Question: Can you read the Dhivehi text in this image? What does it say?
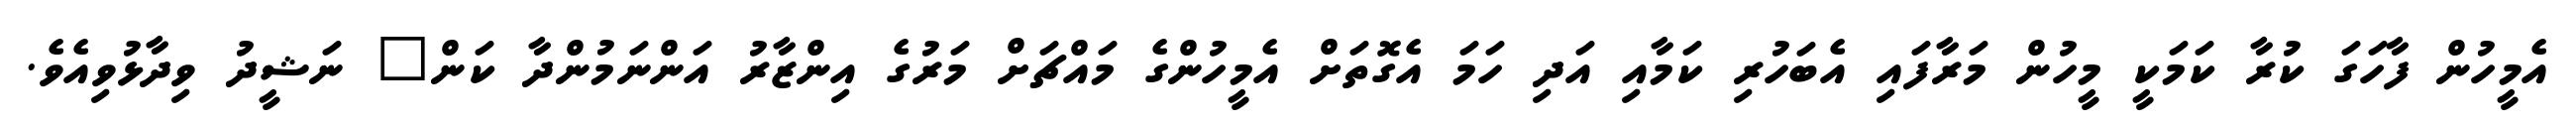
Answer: އެމީހުން ފާހަގަ ކުރާ ކަމަކީ މީހުން މަރާފައި އެބަހުރި ކަމާއި އަދި ހަމަ އެގޮތަށް އެމީހުންގެ މައްޗަށް މަރުގެ އިންޒާރު އަންނަމުންދާ ކަން" ނަޝީދު ވިދާޅުވިއެވެ.